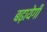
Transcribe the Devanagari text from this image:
बढ़ायेगी